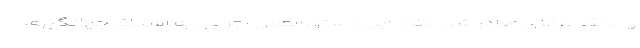
و بانک مرکزی صادر شد. مفاد این دستورالعمل اجرایی به اسحاق جهانگیری